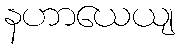
နဟာယေယျ